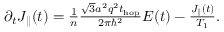
\begin{array} { r } { \partial _ { t } J _ { \parallel } ( t ) = \frac { 1 } { n } \frac { \sqrt { 3 } a ^ { 2 } q ^ { 2 } t _ { \mathrm { h o p } } } { 2 \pi \hbar ^ { 2 } } E ( t ) - \frac { J _ { \parallel } ( t ) } { T _ { 1 } } . } \end{array}